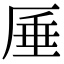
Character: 厜